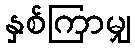
နှစ်ကြာမျှ